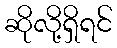
ဆိုလို့ရှိရင်